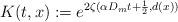
LaTeX: \begin{align*}K(t,x):=e^{2\zeta(\alpha D_m t+\frac12,d(x))}\end{align*}